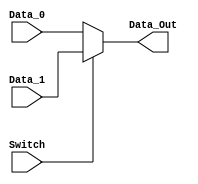
module Mux
#(parameter BITS = 32)
(
	input Switch,
	input [BITS-1:0] Data_0,
	input [BITS-1:0] Data_1,
	output reg [BITS-1:0] Data_Out
);

always @ (Switch or Data_0 or Data_1)
begin
	if (Switch)
		Data_Out <= Data_1;
	else
		Data_Out <= Data_0;
end

endmodule